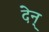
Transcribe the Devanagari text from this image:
देन्